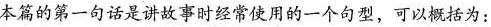
本篇的第一句话是讲故事时经常使用的一个句型,可以概括为：